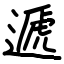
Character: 遞